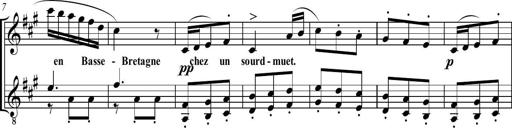
Title: Sonatine bureaucratique
Composer: Erik Satie